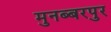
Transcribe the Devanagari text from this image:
मुनब्बरपुर